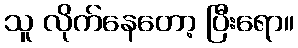
သူ လိုက်နေတော့ ပြီးရော။